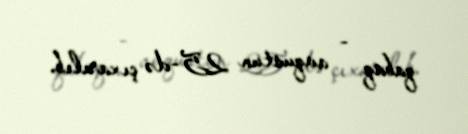
qabaq - avqustun 25-də çıxarılıb.